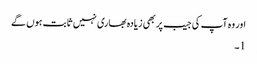
اور وہ آپ کی جیب پر بھی زیادہ بھاری نہیں ثابت ہوں گے
1۔